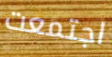
اجتمعت